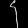
Digit: ၄